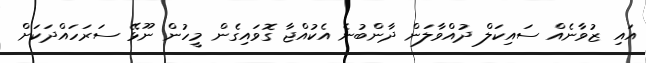
އައި ޒުވާނެއް ސައިކަލް ދުއްވާލަން ދާންބުނެ އެކުއްޖާ ގޮވައިގެން މީހުން ނޫޅޭ ސަރަހައްދަކަށް